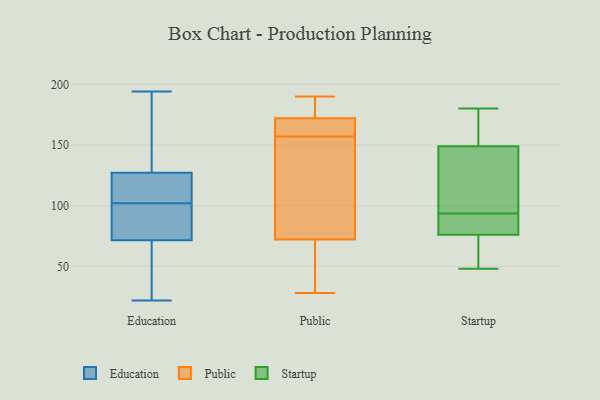
{"axis": {"x": "Customer Acquisition Cost (USD)", "y": "Value"}, "legend": ["Education", "Public", "Startup"], "data": [{"x": "", "y": 194, "type": "Education"}, {"x": "", "y": 40, "type": "Education"}, {"x": "", "y": 22, "type": "Education"}, {"x": "", "y": 89, "type": "Education"}, {"x": "", "y": 153, "type": "Education"}, {"x": "", "y": 121, "type": "Education"}, {"x": "", "y": 81, "type": "Education"}, {"x": "", "y": 43, "type": "Education"}, {"x": "", "y": 91, "type": "Education"}, {"x": "", "y": 117, "type": "Education"}, {"x": "", "y": 30, "type": "Education"}, {"x": "", "y": 155, "type": "Education"}, {"x": "", "y": 102, "type": "Education"}, {"x": "", "y": 112, "type": "Education"}, {"x": "", "y": 87, "type": "Education"}, {"x": "", "y": 143, "type": "Education"}, {"x": "", "y": 122, "type": "Education"}, {"x": "", "y": 53, "type": "Public"}, {"x": "", "y": 157, "type": "Public"}, {"x": "", "y": 177, "type": "Public"}, {"x": "", "y": 28, "type": "Public"}, {"x": "", "y": 73, "type": "Public"}, {"x": "", "y": 66, "type": "Public"}, {"x": "", "y": 180, "type": "Public"}, {"x": "", "y": 173, "type": "Public"}, {"x": "", "y": 119, "type": "Public"}, {"x": "", "y": 169, "type": "Public"}, {"x": "", "y": 190, "type": "Public"}, {"x": "", "y": 72, "type": "Public"}, {"x": "", "y": 159, "type": "Public"}, {"x": "", "y": 162, "type": "Public"}, {"x": "", "y": 122, "type": "Public"}, {"x": "", "y": 169, "type": "Startup"}, {"x": "", "y": 73, "type": "Startup"}, {"x": "", "y": 133, "type": "Startup"}, {"x": "", "y": 48, "type": "Startup"}, {"x": "", "y": 70, "type": "Startup"}, {"x": "", "y": 180, "type": "Startup"}, {"x": "", "y": 78, "type": "Startup"}, {"x": "", "y": 91, "type": "Startup"}, {"x": "", "y": 95, "type": "Startup"}, {"x": "", "y": 149, "type": "Startup"}, {"x": "", "y": 132, "type": "Startup"}, {"x": "", "y": 92, "type": "Startup"}, {"x": "", "y": 161, "type": "Startup"}, {"x": "", "y": 76, "type": "Startup"}]}